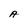
Character: A